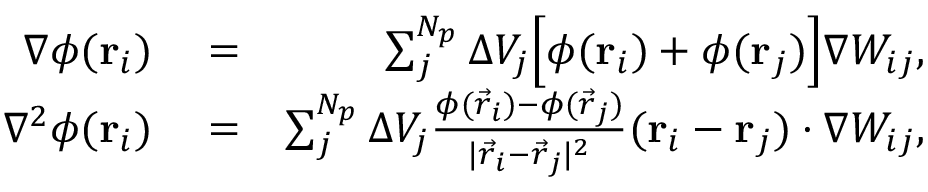
\begin{array} { r l r } { \nabla \phi ( \boldsymbol { \mathbf { r } } _ { i } ) } & { { } = } & { \sum _ { j } ^ { N _ { p } } \Delta { V } _ { j } \Bigl [ \phi ( \boldsymbol { \mathbf { r } } _ { i } ) + \phi ( \boldsymbol { \mathbf { r } } _ { j } ) \Bigr ] \nabla W _ { i j } , } \\ { \nabla ^ { 2 } \phi ( \boldsymbol { \mathbf { r } } _ { i } ) } & { { } = } & { \sum _ { j } ^ { N _ { p } } \Delta { V } _ { j } \frac { \phi ( \vec { r } _ { i } ) - \phi ( \vec { r } _ { j } ) } { | \vec { r } _ { i } - \vec { r } _ { j } | ^ { 2 } } ( \boldsymbol { \mathbf { r } } _ { i } - \boldsymbol { \mathbf { r } } _ { j } ) \cdot \nabla W _ { i j } , } \end{array}